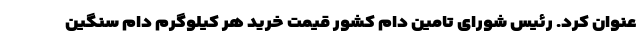
عنوان کرد. رئیس شورای تامین دام کشور قیمت خرید هر کیلوگرم دام سنگین